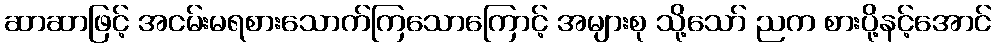
ဆာဆာဖြင့် အငမ်းမရစားသောက်ကြသောကြောင့် အများစု သို့သော် ညက စားပို့နင့်အောင်